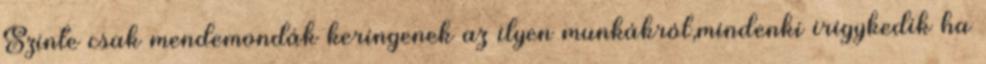
Szinte csak mendemondák keringenek az ilyen munkákról,mindenki irigykedik ha